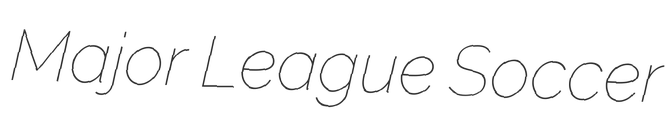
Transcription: Major League Soccer